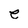
Character: e